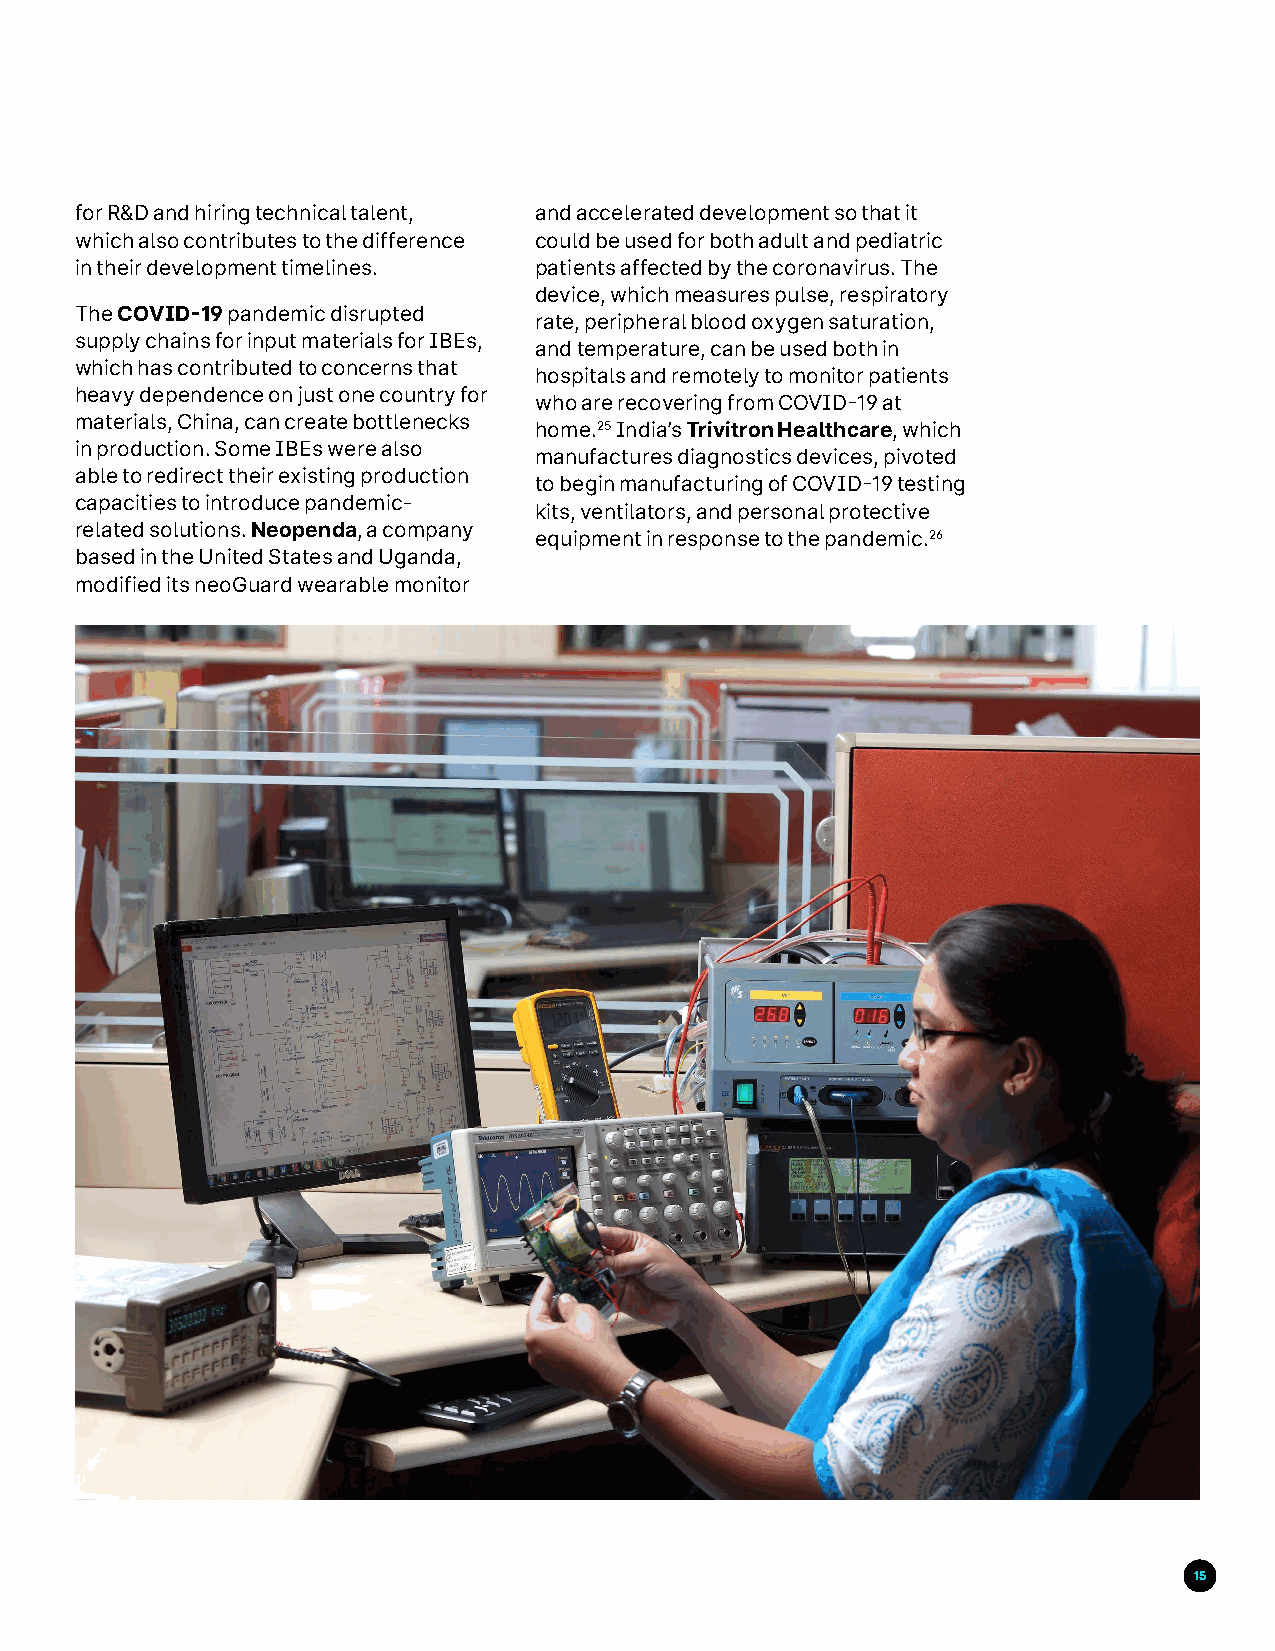
for R&D and hiring technical talent, and accelerated development so that it
 which also contributes to the difference could be used for both adult and pediatric
 in their development timelines. patients affected by the coronavirus. The
 device, which measures pulse, respiratory
 The COVID-19 pandemic disrupted
 rate, peripheral blood oxygen saturation,
 supply chains for input materials for IBEs,
 and temperature, can be used both in
 which has contributed to concerns that
 hospitals and remotely to monitor patients
 heavy dependence on just one country for
 who are recovering from COVID-19 at
 materials, China, can create bottlenecks
 home.25 India’s Trivitron Healthcare, which
 in production. Some IBEs were also
 manufactures diagnostics devices, pivoted
 able to redirect their existing production
 to begin manufacturing of COVID-19 testing
 capacities to introduce pandemic-
 kits, ventilators, and personal protective
 related solutions. Neopenda, a company
 equipment in response to the pandemic.26
 based in the United States and Uganda,
 modified its neoGuard wearable monitor
 15